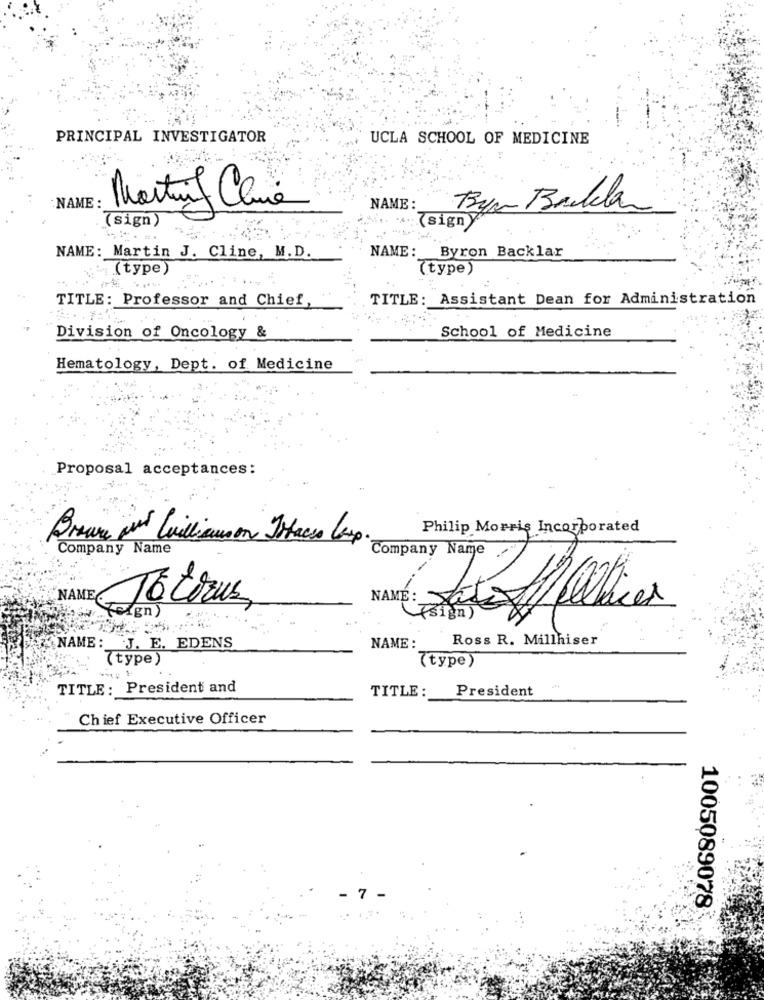
PRINCIPAL INVESTIGATOR
UCLA SCHOOL OF MEDICINE
NAME :
Martino Clue
NAME :
(sign)
(sign
NAME: Byron Backlar
NAME: Martin J. Cline, M.D.
(type)
(type)
TITLE: Professor and Chief,
TITLE: Assistant Dean for Administration
School of Medicine
Division of Oncology &
Hematology, Dept. of Medicine
Proposal acceptances:
Philip Morris Incorporated
Company Name
Company Name
NAME ToCorus
NAME:
Følgn)
sign
Ross R. Millhiser
NAME: J. E. EDENS
NAME :
(type)
(type)
TITLE: President and
President
TITLE :
Chief Executive Officer
7
1005089078